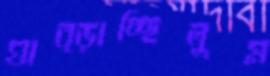
ঘাব্‌ড়াচ্ছিলুম